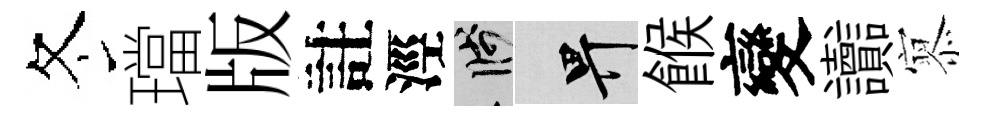
冬璫版註涇箋畀餱變讟𡪹